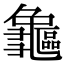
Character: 𪛃